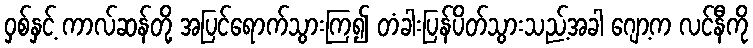
ဝှစ်နှင့် ကာလ်ဆန်တို့ အပြင်ရောက်သွားကြ၍ တံခါးပြန်ပိတ်သွားသည့်အခါ ဂျော့က လင်နီကို